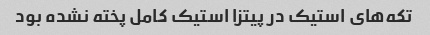
تکه‌های استیک در پیتزا استیک کامل پخته نشده بود